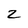
Character: 2